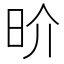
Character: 𰕷